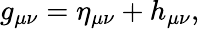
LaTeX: g_{\mu\nu}=\eta_{\mu\nu}+h_{\mu\nu},